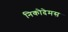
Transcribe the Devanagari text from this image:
निकोदेमस